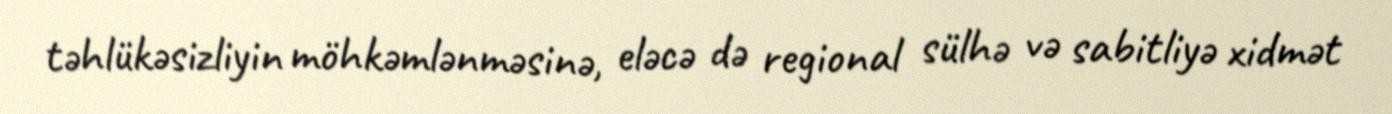
təhlükəsizliyin möhkəmlənməsinə, eləcə də regional sülhə və sabitliyə xidmət